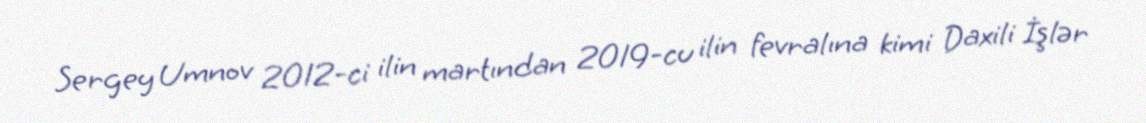
Sergey Umnov 2012-ci ilin martından 2019-cu ilin fevralına kimi Daxili İşlər